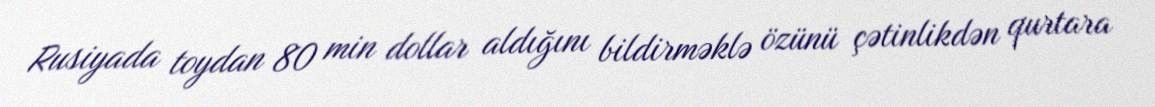
Rusiyada toydan 80 min dollar aldığını bildirməklə özünü çətinlikdən qurtara